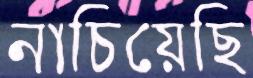
নাচিয়েছি